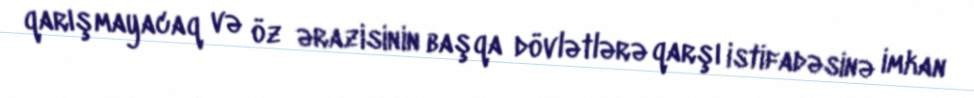
qarışmayacaq və öz ərazisinin başqa dövlətlərə qarşı istifadəsinə imkan